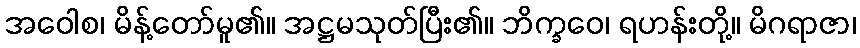
အဝေါစ၊ မိန့်တော်မူ၏။ အဋ္ဌမသုတ်ပြီး၏။ ဘိက္ခဝေ၊ ရဟန်းတို့။ မိဂရာဇာ၊